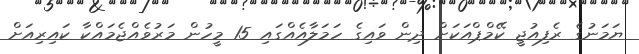
ޔަމަނުގެ ރެފިއުޖީ ކޭމްޕްއަކަށް ދިން ވައިގެ ހަމަލާއެއްގައި 15 މީހުން މަރުވެއްޖެމައްކާ ކައިރިއަށް